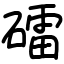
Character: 礌